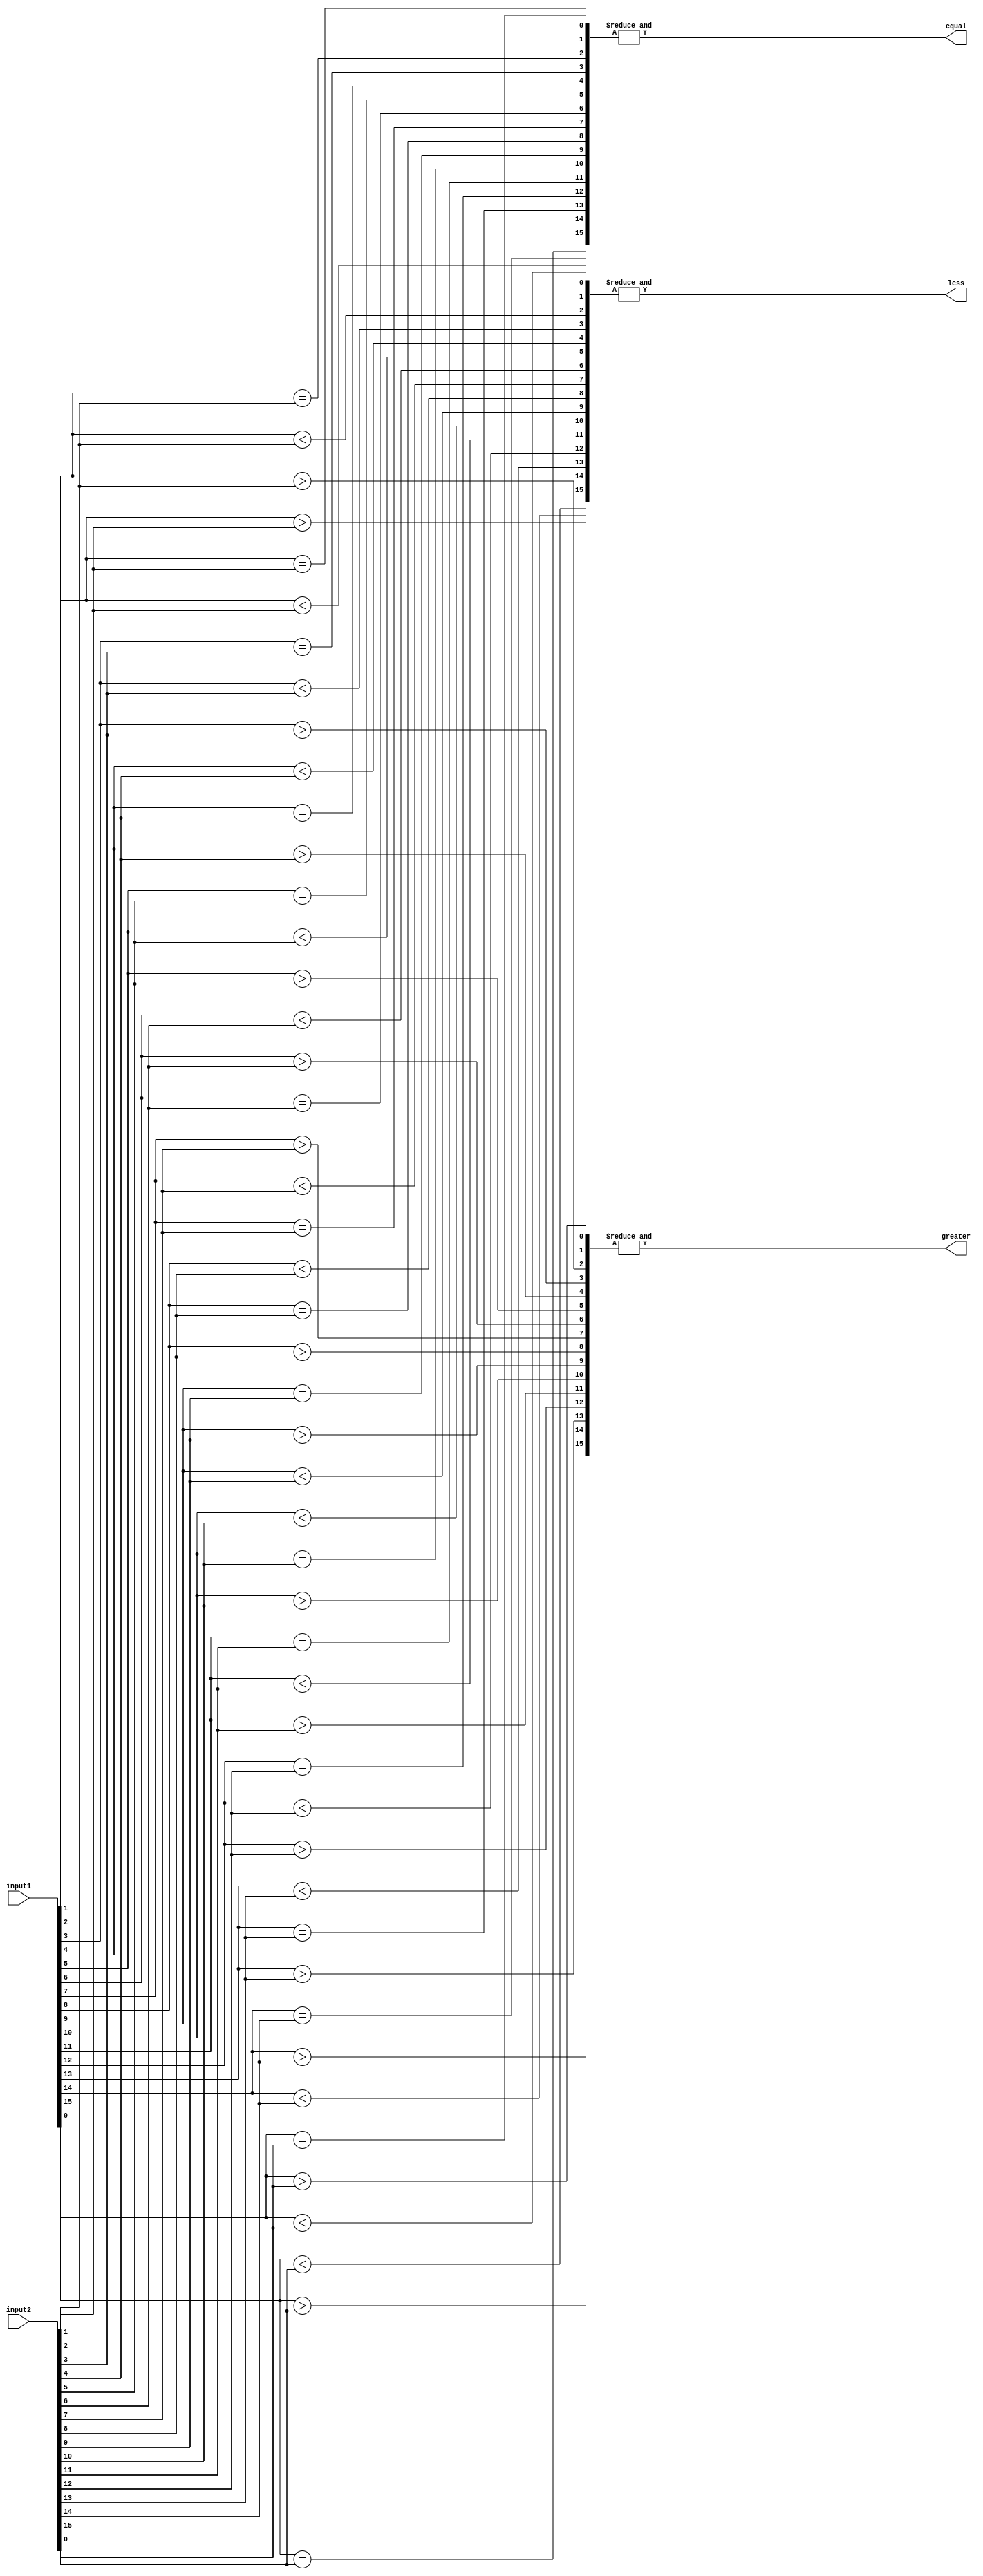
module comparator(
    input [15:0] input1,
    input [15:0] input2,
    output equal,
    output greater,
    output less
);

reg [15:0] equal_bits;
reg [15:0] greater_bits;
reg [15:0] less_bits;

assign equal = (&equal_bits);
assign greater = |(&greater_bits);
assign less = |(&less_bits);

integer i;
always @* begin
    for(i = 0; i < 16; i = i + 1) begin
        equal_bits[i] = (input1[i] == input2[i]);
        greater_bits[i] = (input1[i] > input2[i]);
        less_bits[i] = (input1[i] < input2[i]);
    end
end

endmodule